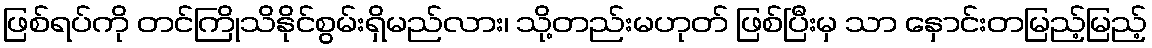
ဖြစ်ရပ်ကို တင်ကြိုသိနိုင်စွမ်းရှိမည်လား၊ သို့တည်းမဟုတ် ဖြစ်ပြီးမှ သာ နှောင်းတမြည့်မြည့်